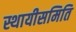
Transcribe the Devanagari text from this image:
स्थायीसमिति